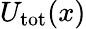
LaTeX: U_{\mathrm{tot}}(x)